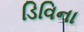
ડિવિના